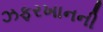
ઝફરખાનની